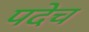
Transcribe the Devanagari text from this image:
पदेच